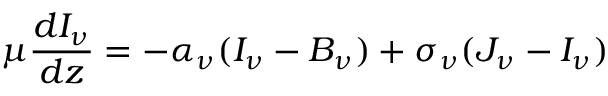
\mu { \frac { d I _ { \nu } } { d z } } = - \alpha _ { \nu } ( I _ { \nu } - B _ { \nu } ) + \sigma _ { \nu } ( J _ { \nu } - I _ { \nu } )